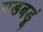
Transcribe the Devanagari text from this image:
गडबडूं